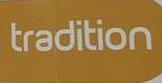
tradition